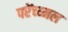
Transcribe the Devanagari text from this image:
परेंच्य्मल